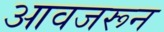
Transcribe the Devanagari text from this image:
आवजरून